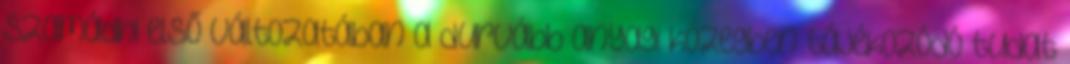
szamádhi első változatában a durvább anyagi közegben tájékozódó tudat